Annual vaccination report of Bihar and Orissa - 1911-1928
Year: 1911
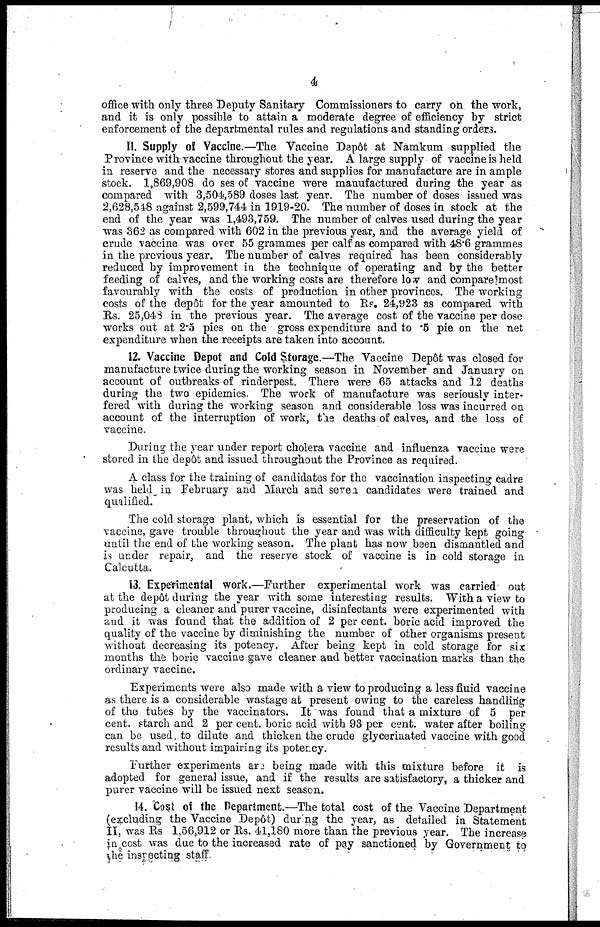
4
office with only three Deputy Sanitary Commissioners to carry on the work,
and it is only possible to attain a moderate degree of efficiency by strict
enforcement of the departmental rules and regulations and standing orders.
11. Supply of Vaccine.—The Vaccine Depôt at Namkum supplied the
Province with vaccine throughout the year. A large supply of vaccine is held
in reserve and the necessary stores and supplies for manufacture are in ample
stock. 1,869,908 doeses of vaccine were manufactured during the year as
compared with 3,504,589 d deathsoses last year. The number of doses issued was
2,628,548 against 2,599,744 in 1919-20. The number of doses in stock at the
end of the year was 1,493,759. The number of calves used during the year
was 362 as compared with 602 in the previous year, and the average yield of
crude vaccine was over 55 grammes per calf as compared with 48.6 grammes
in the previous year. The number of calves required has been considerably
reduced by improvement in the technique of operating and by the better
feeding of calves, and the working costs are therefore low and compare most
favourably with the costs of production in other provinces. The working
costs of the depôt for the year amounted to Rs. 24,923 as compared with
Rs. 25,048 in the previous year. The average cost of the vaccine per dose
works out at 2.5 pies on the gross expenditure and to .5 pie on the net
expenditure when the receipts are taken into account.
12. Vaccine Depot and Cold Storage.—The Vaccine Depôt was closed for
manufacture twice during the working season in November and January on
account of outbreaks of rinderpest. There were 65 attacks and 12 deaths
during the two epidemics. The work of manufacture was seriously inter¬
fered with during the working season and considerable loss was incurred on
account of the interruption of work, the deaths of calves, and the loss of
vaccine.
During the year under report cholera vaccine and influenza vaccine were
stored in the depôt and issued throughout the Province as required.
A class for the training of candidates for the vaccination inspecting cadre
was held in February and March and seven candidates were trained and
qualified.
The cold storage plant, which is essential for the preservation of the
vaccine, gave trouble throughout the year and was with difficulty kept going
until the end of the working season. The plant has now been dismantled and
is under repair, and the reserve stock of vaccine is in cold storage in
Calcutta.
13. Experimental work.—Further experimental work was carried out
at the depôt during the year with some interesting results. With a view to
producing a cleaner and purer vaccine, disinfectants were experimented with
and it was found that the addition of 2 per cent. boric acid improved the
quality of the vaccine by diminishing the number of other organisms present
without decreasing its potency. After being kept in cold storage for six
months the boric vaccine gave cleaner and better vaccination marks than the
ordinary vaccine.
Experiments were also made with a view to producing a less fluid vaccine
as there is a considerable wastage at present owing to the careless handling
of the tubes by the vaccinators. It was found that a mixture of 5 per
cent. starch and 2 per cent. boric acid with 93 per cent. water after boiling
can be used to dilute and thicken the crude glycerinated vaccine with good
results and without impairing its potency.
Further experiments are being made with this mixture before it is
adopted for general issue, and if the results are satisfactory, a thicker and
purer vaccine will be issued next season.
14. Cost of the Department.—The total cost of the Vaccine Department
(excluding the Vaccine Depôt) during the year, as detailed in Statement
II, was Rs 1,56,912 or Rs. 41,180 more than the previous year. The increase
in cost was due to the increased rate of pay sanctioned by Government to
the inspecting staff.